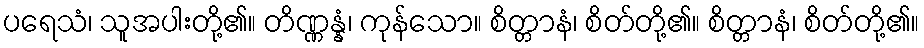
ပရေသံ၊ သူအပါးတို့၏။ တိဏ္ဏန္နံ၊ ကုန်သော။ စိတ္တာနံ၊ စိတ်တို့၏။ စိတ္တာနံ၊ စိတ်တို့၏။